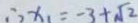
\therefore x _ { 1 } = - 3 + \sqrt { 2 }